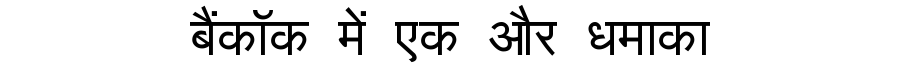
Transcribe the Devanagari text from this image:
बैंकॉक में एक और धमाका